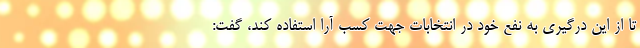
تا از این درگیری به نفع خود در انتخابات جهت کسب آرا استفاده کند، گفت: